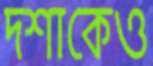
দশাকেও